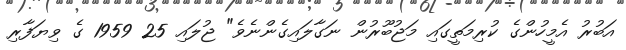
އަބުރު އެމީހުންގެ ކުރިމަތީގައި މަޖުބޫރުން ނަގާލައިގެންނެވެ" ޖުލައި 25 1959 ގެ ވިޔަފާރި